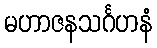
မဟာဇနသင်္ဂဟနံ